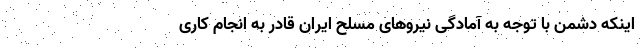
اینکه دشمن با توجه به آمادگی نیروهای مسلح ایران قادر به انجام کاری